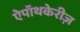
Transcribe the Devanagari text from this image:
ऐपॉथकेरीज़